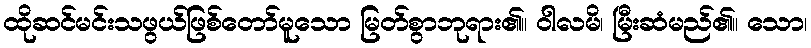
ထိုဆင်မင်းသဖွယ်ဖြစ်တော်မူသော မြတ်စွာဘုရား၏။ ဝါလမိ၊ မြီးဆံမည်၏။ သော၊